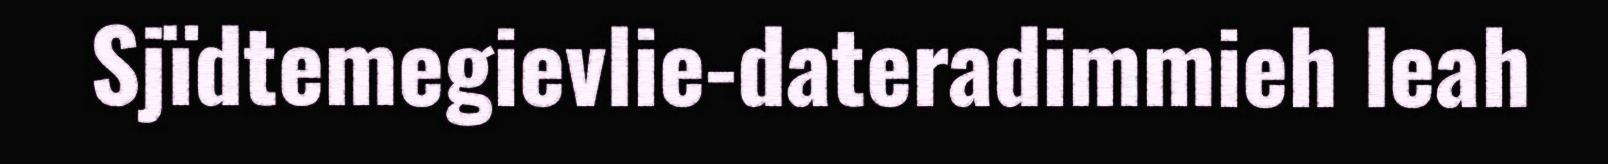
Sjïdtemegievlie-dateradimmieh leah